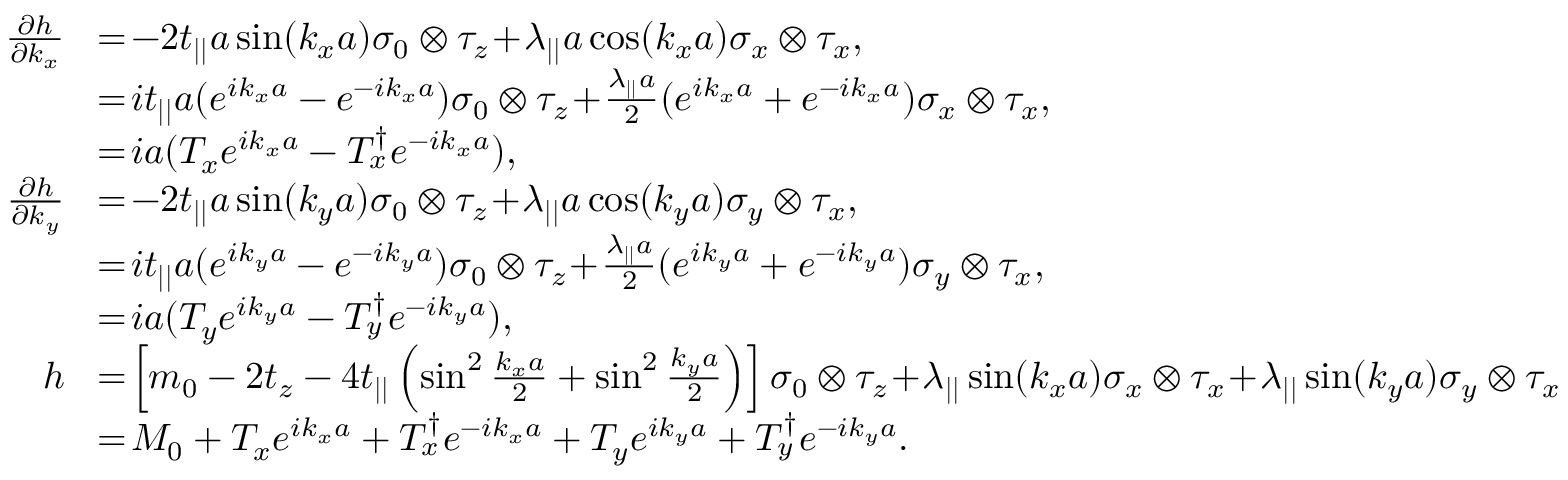
\begin{array} { r l } { \frac { \partial h } { \partial k _ { x } } } & { \! = \! - 2 t _ { | | } a \sin ( k _ { x } a ) \sigma _ { 0 } \otimes \tau _ { z } \! + \! \lambda _ { | | } a \cos ( k _ { x } a ) \sigma _ { x } \otimes \tau _ { x } , } \\ & { \! = \! i t _ { | | } a ( e ^ { i k _ { x } a } - e ^ { - i k _ { x } a } ) \sigma _ { 0 } \otimes \tau _ { z } \! + \! \frac { \lambda _ { | | } a } { 2 } ( e ^ { i k _ { x } a } + e ^ { - i k _ { x } a } ) \sigma _ { x } \otimes \tau _ { x } , } \\ & { \! = \! i a ( T _ { x } e ^ { i k _ { x } a } - T _ { x } ^ { \dagger } e ^ { - i k _ { x } a } ) , } \\ { \frac { \partial h } { \partial k _ { y } } } & { \! = \! - 2 t _ { | | } a \sin ( k _ { y } a ) \sigma _ { 0 } \otimes \tau _ { z } \! + \! \lambda _ { | | } a \cos ( k _ { y } a ) \sigma _ { y } \otimes \tau _ { x } , } \\ & { \! = \! i t _ { | | } a ( e ^ { i k _ { y } a } - e ^ { - i k _ { y } a } ) \sigma _ { 0 } \otimes \tau _ { z } \! + \! \frac { \lambda _ { | | } a } { 2 } ( e ^ { i k _ { y } a } + e ^ { - i k _ { y } a } ) \sigma _ { y } \otimes \tau _ { x } , } \\ & { \! = \! i a ( T _ { y } e ^ { i k _ { y } a } - T _ { y } ^ { \dagger } e ^ { - i k _ { y } a } ) , } \\ { h } & { \! = \! \left[ m _ { 0 } - 2 t _ { z } - 4 t _ { | | } \left( \sin ^ { 2 } \frac { k _ { x } a } { 2 } + \sin ^ { 2 } \frac { k _ { y } a } { 2 } \right) \right] \sigma _ { 0 } \otimes \tau _ { z } \! + \! \lambda _ { | | } \sin ( k _ { x } a ) \sigma _ { x } \otimes \tau _ { x } \! + \! \lambda _ { | | } \sin ( k _ { y } a ) \sigma _ { y } \otimes \tau _ { x } } \\ & { \! = \! M _ { 0 } + T _ { x } e ^ { i k _ { x } a } + T _ { x } ^ { \dagger } e ^ { - i k _ { x } a } + T _ { y } e ^ { i k _ { y } a } + T _ { y } ^ { \dagger } e ^ { - i k _ { y } a } . } \end{array}